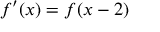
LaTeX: f ^ { \prime } ( x ) = f ( x - 2 )